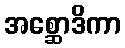
အစ္ဆောဒိကာ